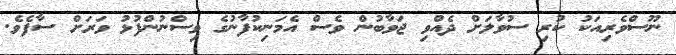
ނޫސްވެރިއަކު ކުރި ސުވާލަށް ދެއްވި ޖަވާބުން ވެސް އެމަނިކުފާނުގެ ވިސްނުންފުޅު ވަރަށް ސާފެވެ.